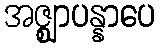
အဇ္ဈာပန္နာပေ